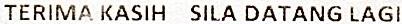
TERIMA KASIH SILA DATANG LAGI